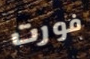
فورت